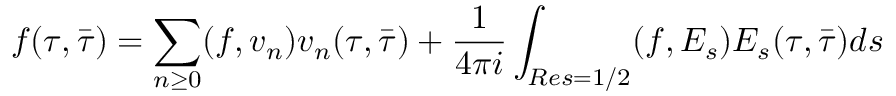
f ( \tau , \bar { \tau } ) = \sum _ { n \ge 0 } ( f , v _ { n } ) v _ { n } ( \tau , \bar { \tau } ) + \frac { 1 } { 4 \pi i } \int _ { R e s = 1 / 2 } ( f , E _ { s } ) E _ { s } ( \tau , \bar { \tau } ) d s